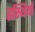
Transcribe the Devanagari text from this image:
हस्थियाँ